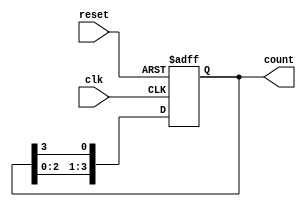
module bistable_ring_counter (
    input wire clk,         // Clock signal
    input wire reset,       // Asynchronous reset signal
    output reg [3:0] count  // 4-bit output representing the state of the counter
);

    // Initial state (only the first flip-flop is set)
    initial begin
        count = 4'b1000;    // Initialize with the first flip-flop set to '1'
    end

    always @(posedge clk or posedge reset) begin
        if (reset) begin
            // On reset, set to initial state
            count <= 4'b1000; // Reset to first state
        end else begin
            // Shift the '1' to the right
            count <= {count[2:0], count[3]}; // Rotate right
        end
    end

endmodule